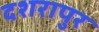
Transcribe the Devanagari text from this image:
दशरापुर